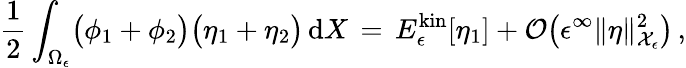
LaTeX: \frac 12\int_{\Omega_{\epsilon}}\bigl(\phi_{1}+\phi_{2}\bigr)\bigl(\eta_{1}+\eta_{2}\bigr)\, \mathrm{d}X\, =\, E_{\epsilon}^{\mathrm{kin}}[\eta_{1}]+\mathcal{O}\bigl(\epsilon^{\infty}\| \eta\| _{\mathcal{X}_{\epsilon}}^{2}\bigr)\, ,